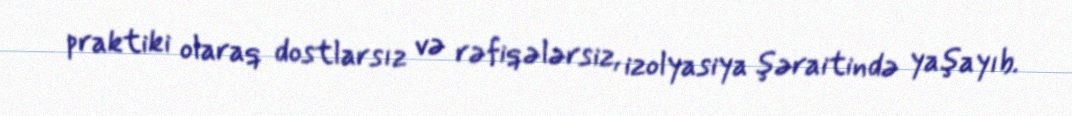
praktiki olaraq dostlarsız və rəfiqələrsiz, izolyasiya şəraitində yaşayıb.